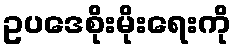
ဥပဒေစိုးမိုးရေးကို